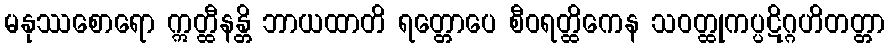
မနုဿစောရော ဣတ္ထီနန္တိ ဘာယထာတိ ရတ္တောပေ စီဝရတ္ထိကေန သဝတ္ထုကပ္ပဋိဂ္ဂဟိတတ္တာ